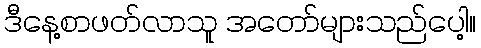
ဒီနေ့စာဖတ်လာသူ အတော်များသည်ပေါ့။